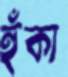
হুঁকা